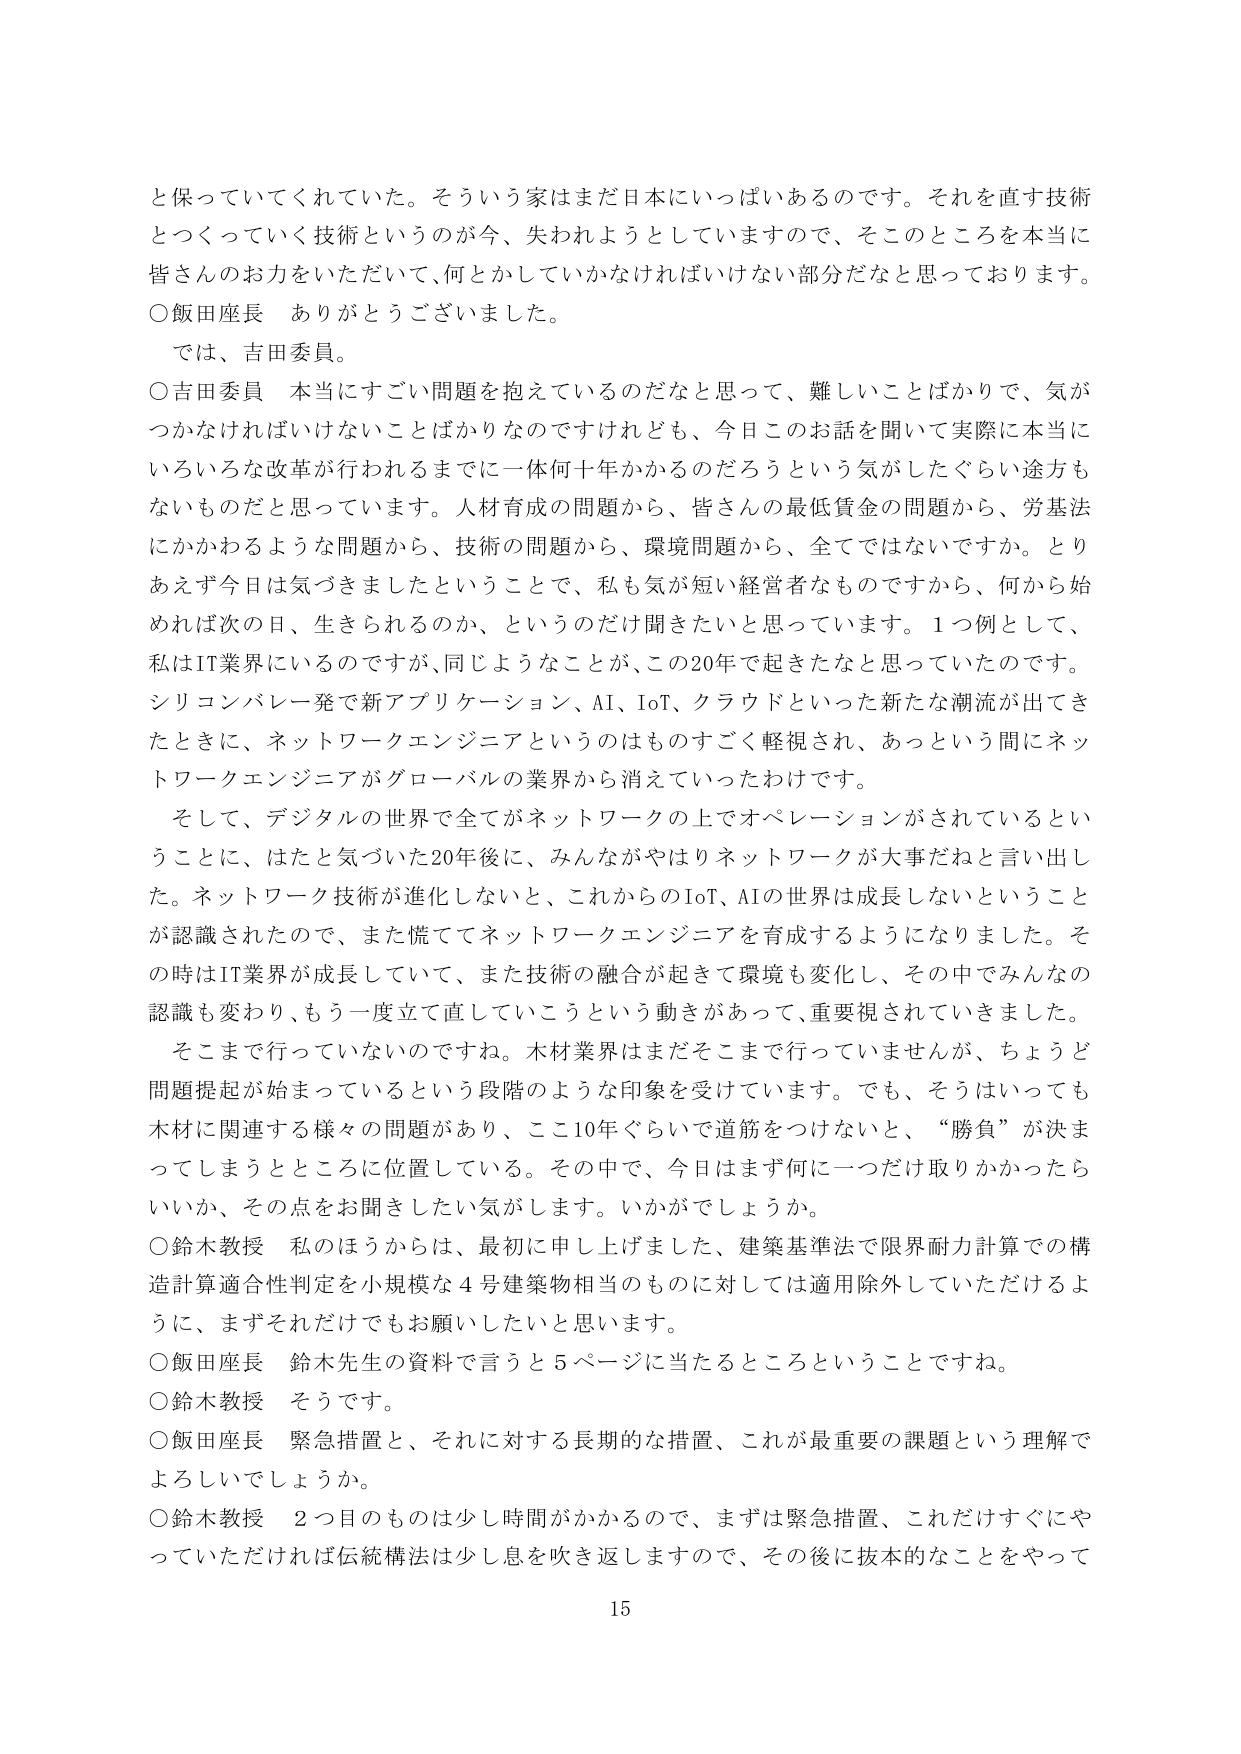
と保っていてくれていた。そういう家はまだ日本にいっぱいあるのです。それを直す技術とつくっていく技術というのが今、失われようとしていますので、そこのところを本当に皆さんのお力をいただいて、何かしていかなければならない部分だなと思っております。

○飯田座長　ありがとうございました。

では、吉田委員。

○吉田委員　本当にすごい問題を抱えているのだなと思って、難しいことばかりで、気がつかなければいけないことばかりなのですが、今日このお話聞いて実際に本当にいろいろな改革が行われるまでに一体何十年かかるのだろうという気がしたぐらい途方もないものだと思っています。人材育成の問題から、皆さんの最低賃金の問題から、労基法にかかわるような問題から、技術の問題から、環境問題から、全てではないですか。とりあえず今日は気づきましたということで、私も気が短い経営者なものですから、何から始めれば次の日、生きられるのか、というのだけ聞きたいと思っています。1つ例として、私はIT業界にいるのですが、同じようなことが、この20年で起きたなと思っていたのです。シリコンバレー発で新アプリケーション、AI、IoT、クラウドといった新たな潮流が出てきたときに、ネットワークエンジニアというのはものすごく軽視され、あっという間にネットワークエンジニアがグローバルの業界から消えていったわけです。

そして、デジタルの世界で全てがネットワークの上でオペレーションがされているということに、はたと気づいた20年後に、みんながやはりネットワークが大事だねと言い出した。ネットワーク技術が進化しないと、これからのIoT、AIの世界は成長しないということが認識されたので、また慌ててネットワークエンジニアを育成するようになりました。その時はIT業界が成長していて、また技術の融合が起きて環境も変化し、その中でみんなの認識も変わり、もう一度立て直していこうという動きがあって、重要視されていきました。

そこまで行っていないのですね。木材業界はまだそこまで行っていませんが、ちょうど問題提起が始まっているという段階のような印象を受けています。でも、そうはいっても木材に関連する様々の問題があり、ここ10年ぐらいで道筋をつけないと、“勝負”が決まってしまうとところに位置している。その中で、今日はまず何に一つだけ取りかかったらいいか、その点をお聞きしたい気がします。いかがでしょうか。

○鈴木教授　私のほうからは、最初に申し上げました、建築基準法で限界耐力計算での構造計算適合性判定を小規模な4号建築物相当のものに対しては適用除外していただけるように、まずそれだけでもお願いしたいと思います。

○飯田座長　鈴木先生の資料で言うと5ページに当たるところということですね。

○鈴木教授　そうです。

○飯田座長　緊急措置と、それに対する長期的な措置、これが最重要の課題という理解でよろしいでしょうか。

○鈴木教授　2つ目のものは少し時間がかかるので、まずは緊急措置、これだけすぐにやっていただければ伝統構法は少し息を吹き返しますので、その後に抜本的なことをやって

15